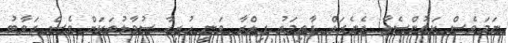
ނަމަވެސް ކައުންސެލާ ޖެނެރަލް ފާތިމަތު ފިލްޒާ ވަނީ ހުރިހާ ސުވާލުތަކަށް ވެސް ޖަވާބު